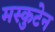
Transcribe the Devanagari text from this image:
मस्कुटेन